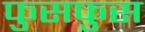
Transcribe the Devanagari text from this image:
फुसफुस